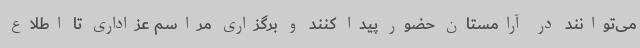
می‌توانند در آرامستان حضور پیدا کنند و برگزاری مراسم عزاداری تا اطلاع